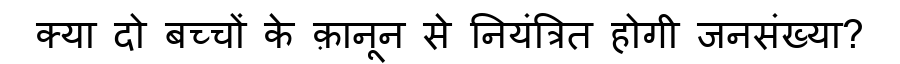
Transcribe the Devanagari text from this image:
क्या दो बच्चों के क़ानून से नियंत्रित होगी जनसंख्या?